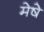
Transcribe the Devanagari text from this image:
मेषे